画像に写った文字を読んでください
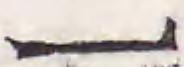
「一」と書いてあります